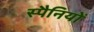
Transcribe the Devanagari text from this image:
स्पैनियों